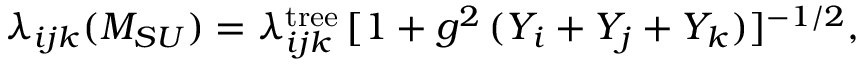
\lambda _ { i j k } ( M _ { S U } ) = \lambda _ { i j k } ^ { \mathrm { t r e e } } \, [ 1 + g ^ { 2 } \, ( Y _ { i } + Y _ { j } + Y _ { k } ) ] ^ { - 1 / 2 } ,